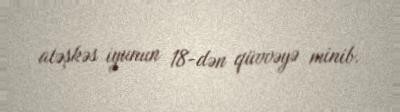
atəşkəs iyunun 18-dən qüvvəyə minib.